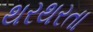
થરથરતા